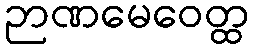
ဉာဏမေဝေတ္ထ